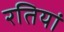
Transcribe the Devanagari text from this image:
रतियां